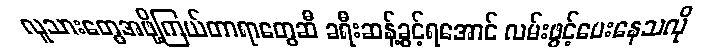
လူသားတွေအဖို့ကြယ်တာရာတွေဆီ ခရီးဆန့်ခွင့်ရအောင် လမ်းဖွင့်ပေးနေသလို